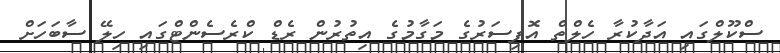
ސްކޫލްގައި އަދާކުރާ ހެލްތް އޮފިސަރުގެ މަގާމުގެ އިތުރުން ރެޑް ކްރެސެންޓްގައި ހިލޭ ސާބަހަށް